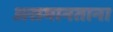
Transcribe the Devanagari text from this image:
असमानताना